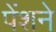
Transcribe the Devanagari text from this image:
पेंशने